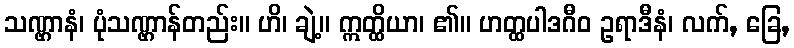
သဏ္ဌာနံ၊ ပုံသဏ္ဌာန်တည်း။ ဟိ၊ ချဲ့။ ဣတ္ထိယာ၊ ၏။ ဟတ္ထပါဒဂီဝ ဥရာဒီနံ၊ လက်, ခြေ,